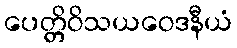
ပေတ္တိဝိသယဝေဒနီယံ